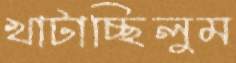
খাটাচ্ছিলুম